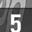
Digit: 5